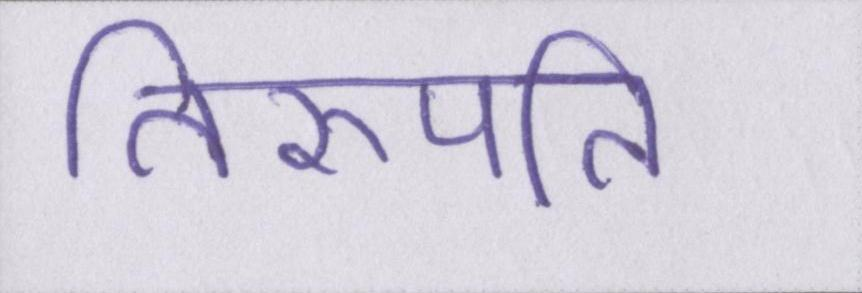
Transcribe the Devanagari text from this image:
तिरुपति